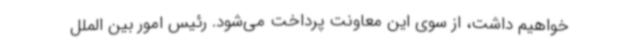
خواهیم داشت، از سوی این معاونت پرداخت می‌شود. رئیس امور بین الملل